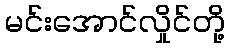
မင်းအောင်လှိုင်တို့